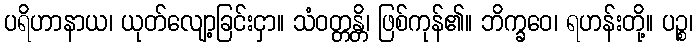
ပရိဟာနာယ၊ ယုတ်လျော့ခြင်းငှာ။ သံဝတ္တန္တိ၊ ဖြစ်ကုန်၏။ ဘိက္ခဝေ၊ ရဟန်းတို့။ ပဉ္စ၊